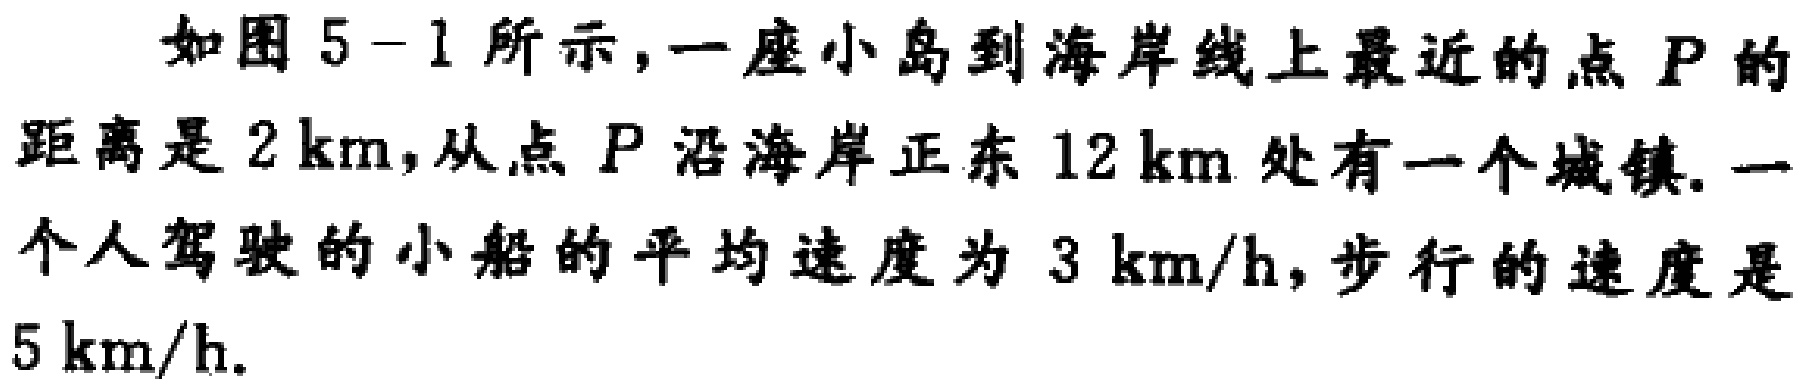
如图5-1所示，一座小岛到海岸线上最近的点\(P\)的距离是\(2 \mathrm{km}\)，从点\(P\)沿海岸正东\(12 \mathrm{km}\)处有一个城镇. 一个人驾驶的小船的平均速度为\(3 \mathrm{km}/\mathrm{h}\)，步行的速度是\(5 \mathrm{km}/\mathrm{h}\).